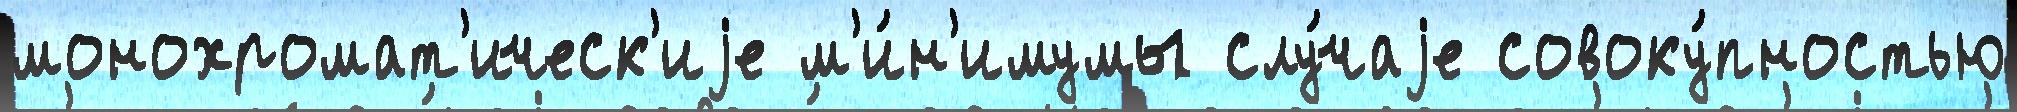
монохромат'ическ'иjе м'и́н'имумы слу́чаjе совоку́пностью